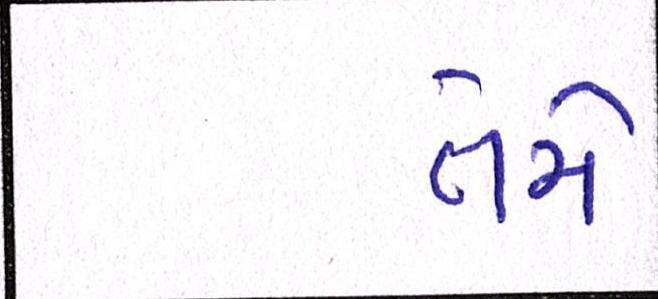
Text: તેમે